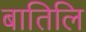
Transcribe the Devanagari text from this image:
बातिलि